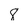
Character: 8